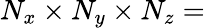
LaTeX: N_{x}\times N_{y}\times N_{z}=